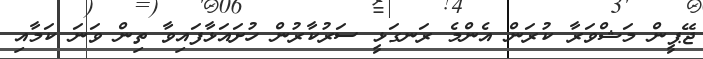
ޖޭޕީން މަޝްވަރާ ކުރަން އެންމެ ރަނގަޅީ ސަރުކާރުން ހުށައަޅާފައިވާ ތިން ވަނަ ކަމާއި